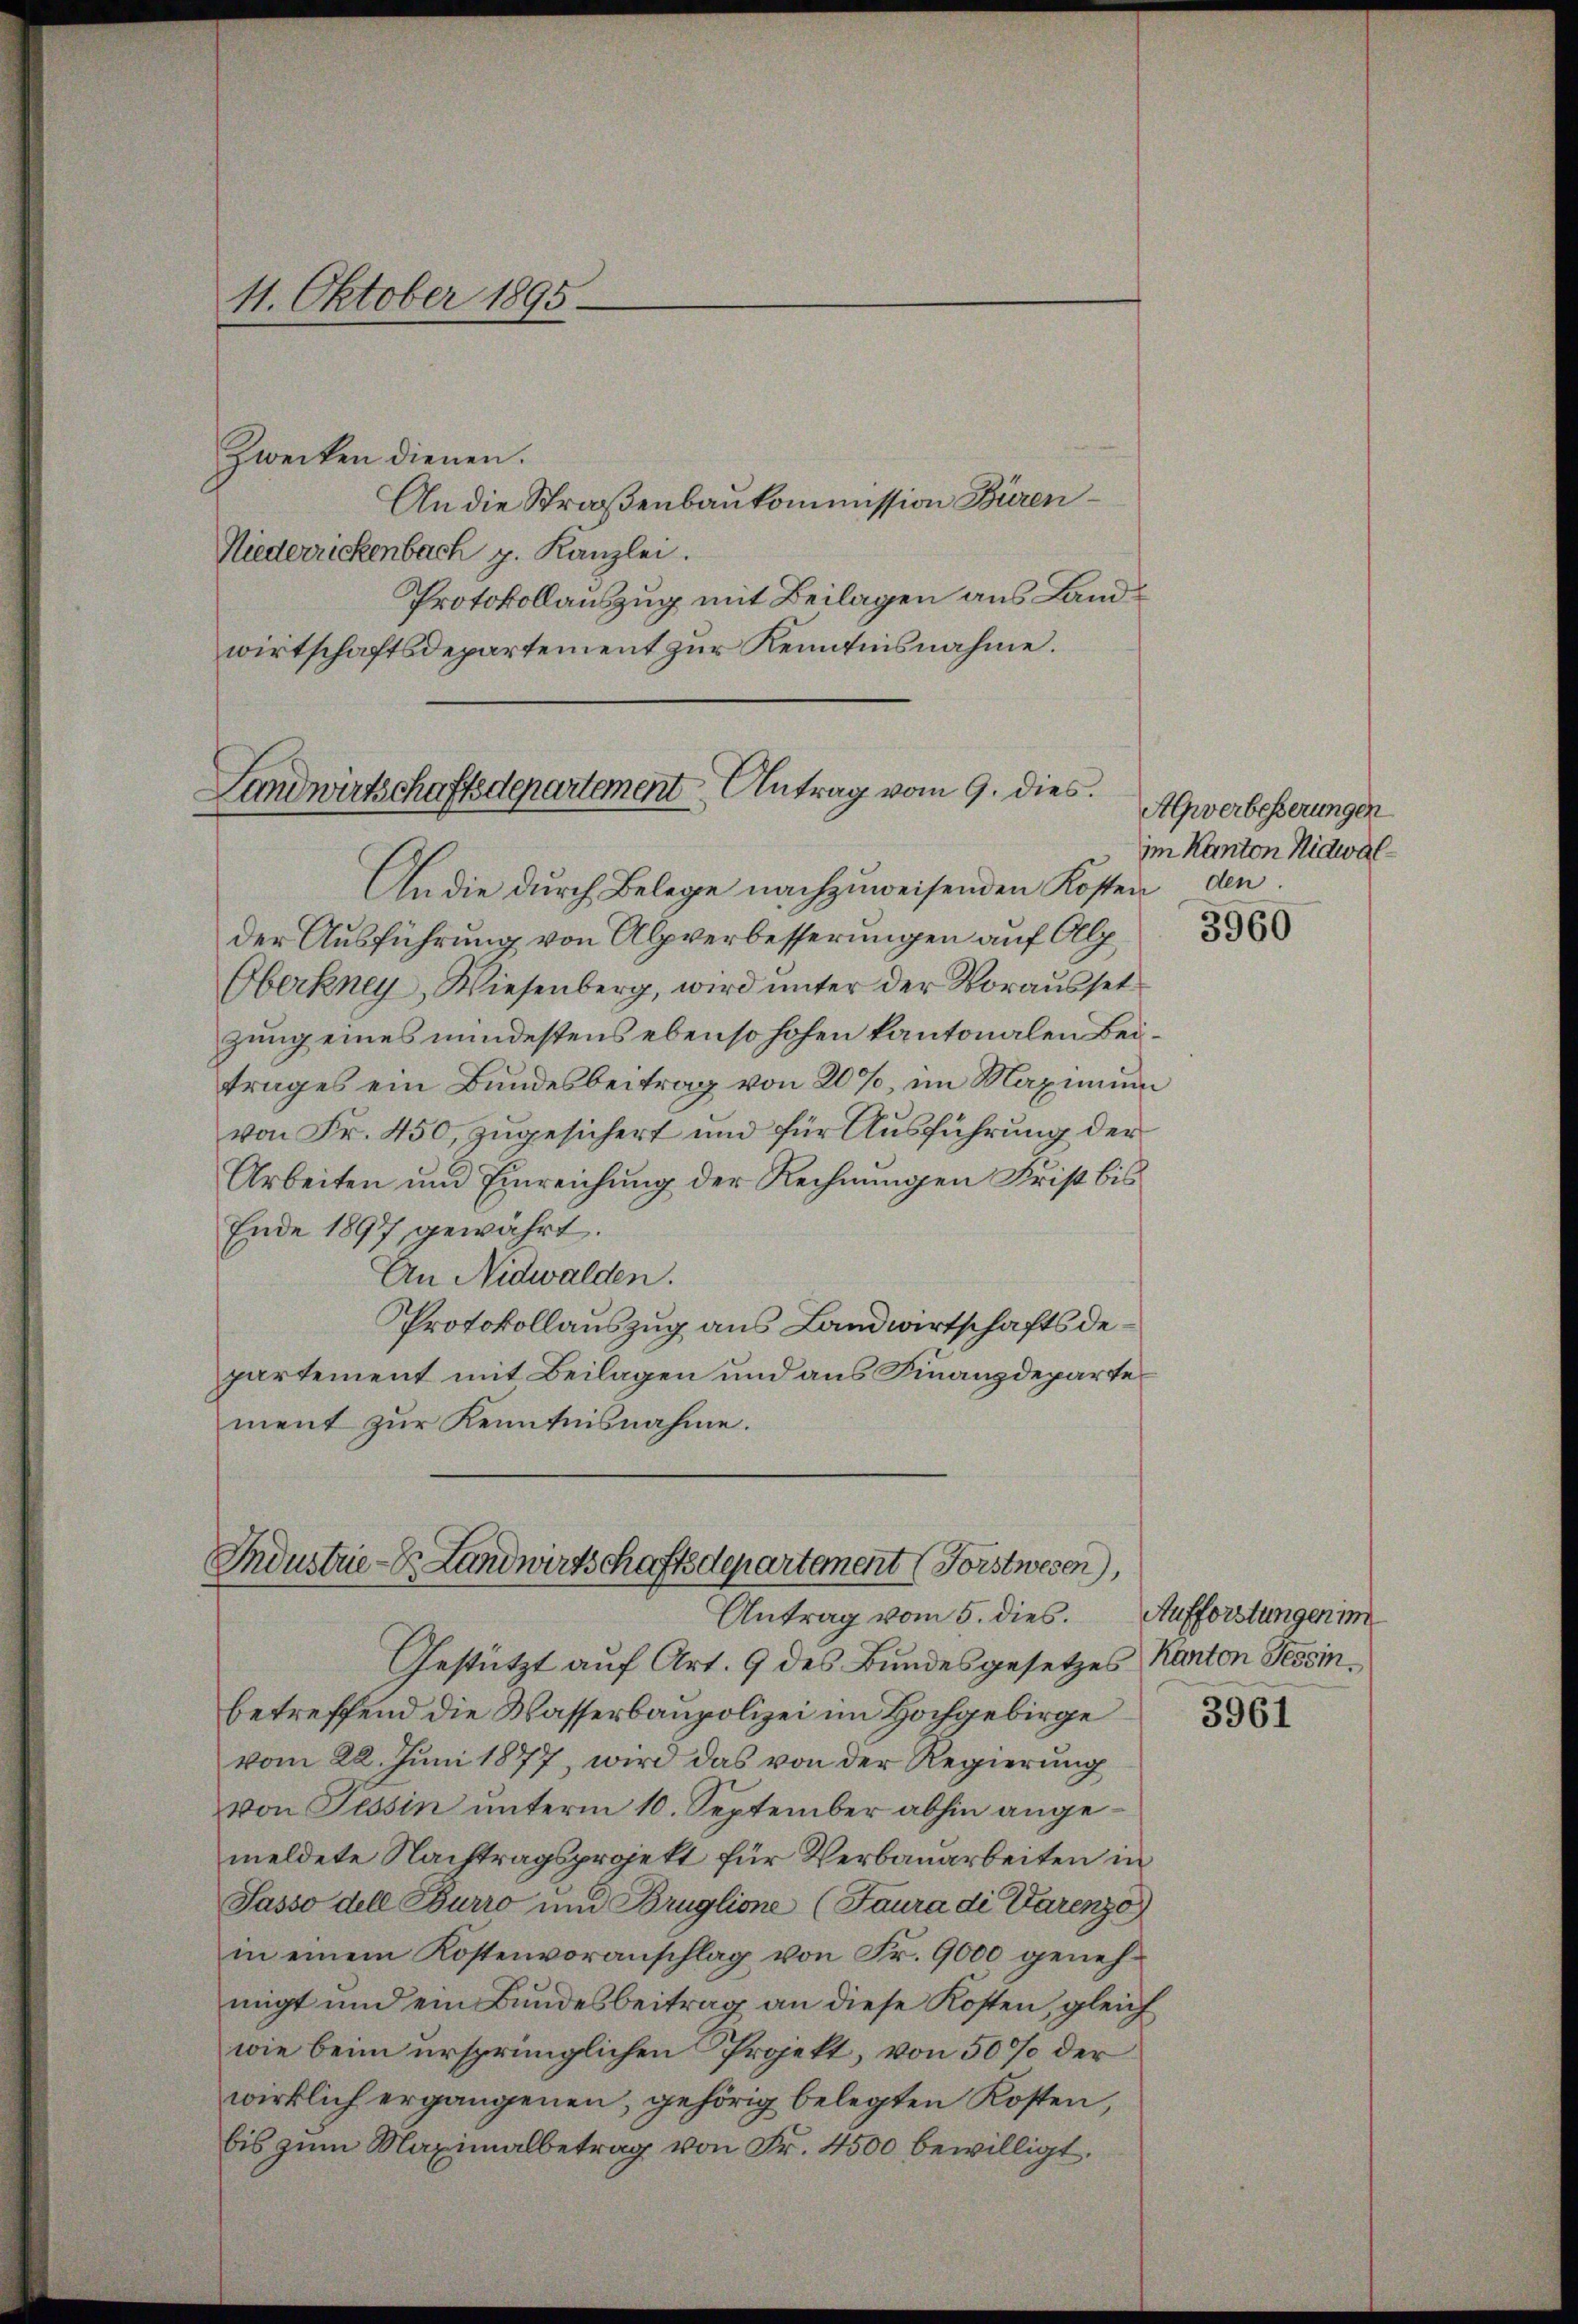
11. Oktober 1895.

Landwirtschaftsdepartement Antrag vom 9. dies.

Zwecken dienen.
An die Straßenbaukommission Büren¬
Niederrickenbach z. Kanzlei.
Protokollauszug mit Beilagen aus Landwirtschaftsdepartement zur Kenntnisnahme.
An die durch Belege nachzuweisenden Kosten den
der Ausführung von Alpverbesserungen auf Alp
Oberkney, Wiesenberg, wird unter der Vorausset
zung eines mindestens ebenso hohen kantonalen Beitrages ein Bundesbeitrag von 20%, im Maximum
von Fr. 450, zugesichert und für Ausführung der
Arbeiten und Einreichung der Rechnungen Frist bis
Ende 1897 gewahrt.
An Nidwalden.
Protokollauszug aus Landwirtschaftsdepartement mit Beilagen und aus Finanzdepartement zur Kenntnisnahme.

Industrie-S. Landwirtschaftsdepartement (Forstwesen,
Antrag vom 5. dies. Aufforstungen im

Alpverbesserungen
im Kanton Nidwal¬

Gestützt auf Art. 9 des Bundesgesetzes Kanton Tessin.
betreffend die Wasserbaupolizei im Hochgebirge
vom 22. Juni 1877, wird das von der Regierung
von Tessin unterm 10. September abhin angemeldete Nachtragsprojekt für Verbauarbeiten in
Sasso dell Pourro um Bruglione (Faura di Parenzo
in einem Kostenvoranschlag von Fr. 9000 genehmigt und ein Bundesbeitrag an diese Kosten, gleich
wie beim ursprünglichen Projekt, von 50 % der
wirklich ergangenen, gehörig belegten Kosten,
bis zum Maximalbetrag von Fr. 4500 bewilligt.

3960

3961